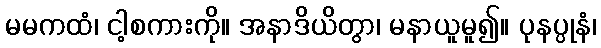
မမကထံ၊ ငါ့စကားကို။ အနာဒိယိတွာ၊ မနာယူမူ၍။ ပုနပ္ပုနံ၊